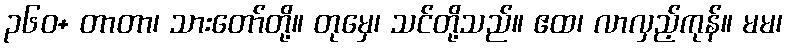
၃၆၀+ တာတာ၊ သားတော်တို့။ တုမှေ၊ သင်တို့သည်။ ဧထ၊ လာလှည့်ကုန်။ မမ၊